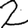
Digit: 2